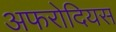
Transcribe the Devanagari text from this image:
अफरोदियस